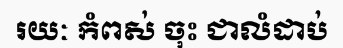
រយៈ កំពស់ ចុះ ជាលំដាប់